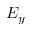
E _ { y }